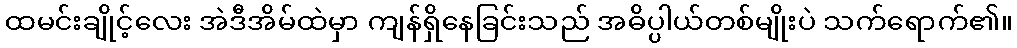
ထမင်းချိုင့်လေး အဲဒီအိမ်ထဲမှာ ကျန်ရှိနေခြင်းသည် အဓိပ္ပါယ်တစ်မျိုးပဲ သက်ရောက်၏။